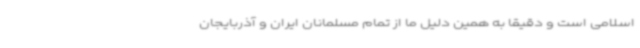
اسلامی است و دقیقاً به همین دلیل ما از تمام مسلمانان ایران و آذربایجان